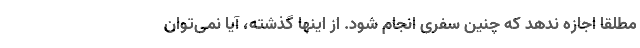
مطلقاً اجازه ندهد که چنین سفری انجام شود. از اینها گذشته، آیا نمی‌توان